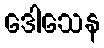
ဒေါသေန